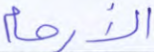
الأرحام